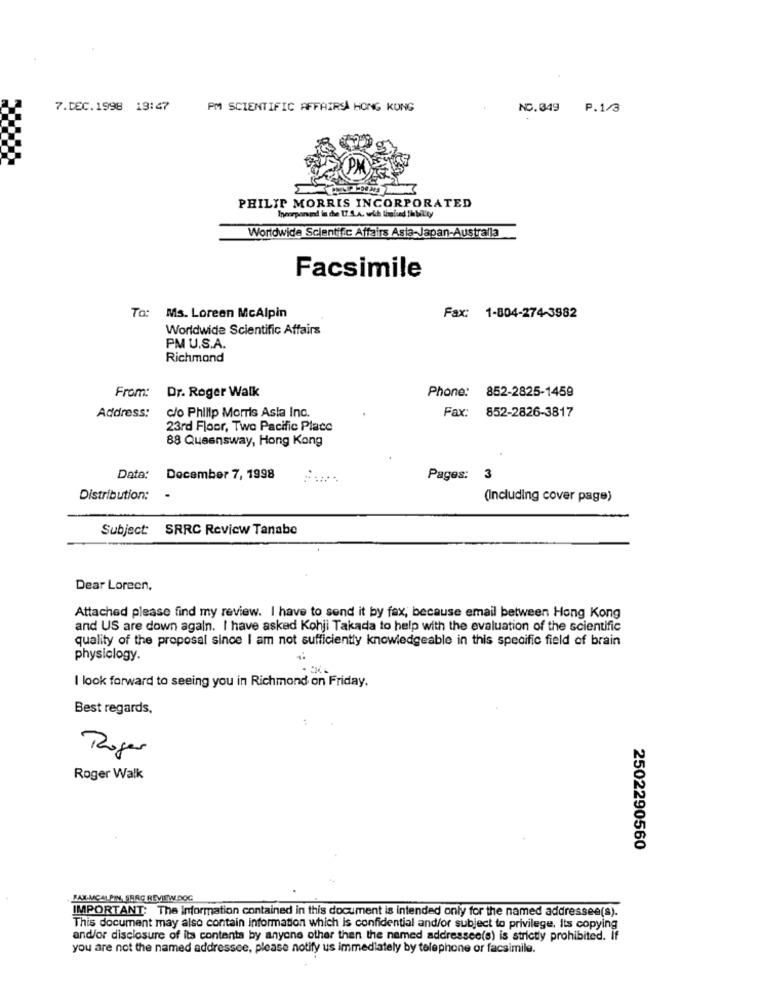
7.DEC.1998 19:47
PM SCIENTIFIC AFFAIRSA HONG KONG
NC.049 P.1/3
PHILIP MORRIS INCORPORATED
Incorporand in die 17.S.A. wich limiund The bility
Worldwide Scientific Affairs Asta-Japan-Australla
Facsimile
To:
Ms. Loreen McAlpin
Fax: 1-804-274-3982
Worldwide Scientific Affairs
PM U.S.A.
Richmond
Dr. Roger Walk
Phone: 852-2825-1459
From:
c/o Philip Morris Asia Inc.
Fax: 852-2826-3817
Address:
23rd Floor, Two Pacific Place
88 Queensway, Hong Kong
Data:
December 7, 1998
Pages: 3
Distribution:
(Including cover page)
Subject: SRRC Review Tanabe
Dear Lorecn,
Attached please find my review. I have to send it by fax, because email between Hong Kong
and US are down again. I have asked Kohji Takada to help with the evaluation of the scientific
quality of the proposal since I am not sufficiently knowledgeable in this specific field of brain
physiology.
I look forward to seeing you in Richmond on Friday.
Best regards,
Roger
Roger Walk
2502290560
BALMCAL PIN, SHAG REVIEW DOG
IMPORTANT: The information contained in this document is intended only for the named addressee(s).
This document may also contain information which is confidential and/or subject to privilege, Its copying
and/or disclosure of its contents by anyone other than the named addressee(s) is strictly prohibited. If
you are not the named addressce, please notify us immediately by telephone or facsimile.